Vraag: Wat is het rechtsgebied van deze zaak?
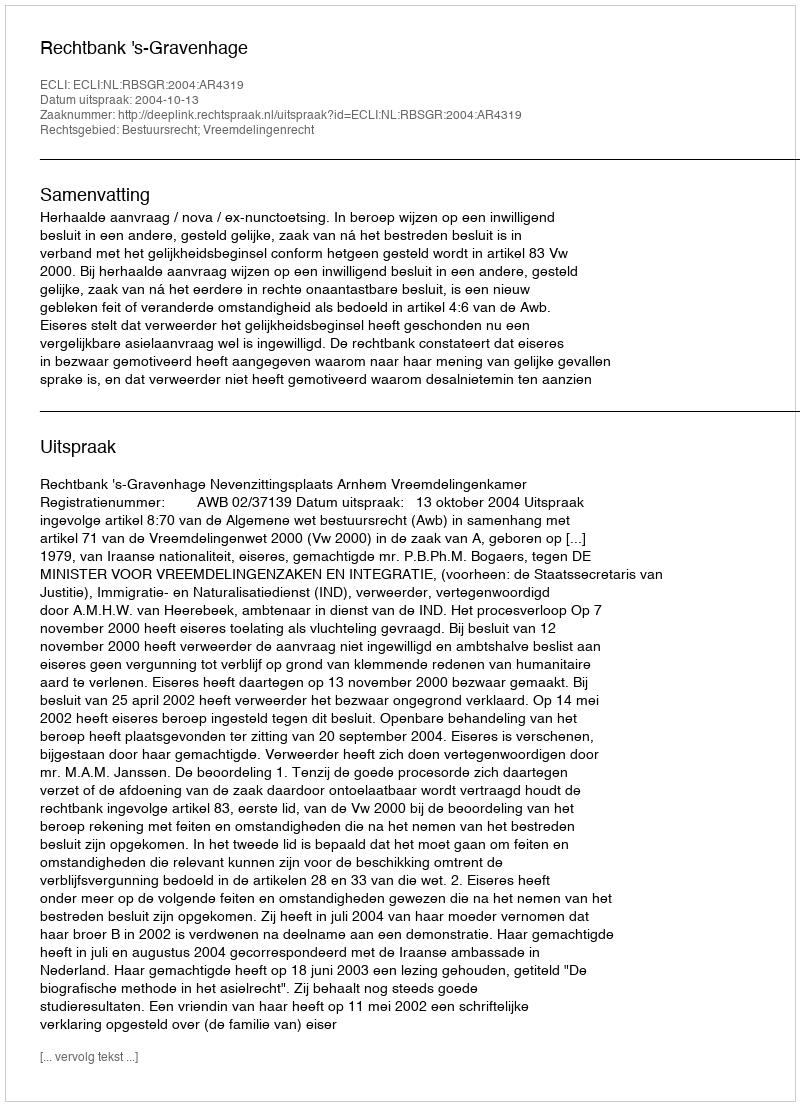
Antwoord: Bestuursrecht; Vreemdelingenrecht